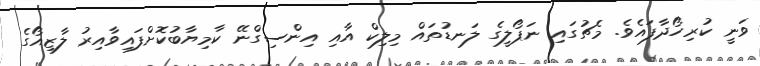
ވަނީ ކުރިހޯދާފައެވެ. މެޗުގައި ނަޕޯލީގެ ލަނޑުތައް މިލިކް އާއި އިންސިގްނޭ ކާމިޔާބުކޮށްފައިވާއިރު ލާޒިއޯގެ